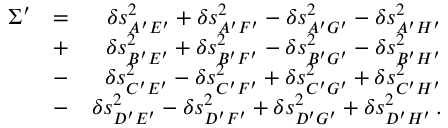
\begin{array} { r l r } { \Sigma ^ { \prime } } & { = } & { \delta s _ { A ^ { \prime } E ^ { \prime } } ^ { 2 } + \delta s _ { A ^ { \prime } F ^ { \prime } } ^ { 2 } - \delta s _ { A ^ { \prime } G ^ { \prime } } ^ { 2 } - \delta s _ { A ^ { \prime } H ^ { \prime } } ^ { 2 } } \\ & { + } & { \delta s _ { B ^ { \prime } E ^ { \prime } } ^ { 2 } + \delta s _ { B ^ { \prime } F ^ { \prime } } ^ { 2 } - \delta s _ { B ^ { \prime } G ^ { \prime } } ^ { 2 } - \delta s _ { B ^ { \prime } H ^ { \prime } } ^ { 2 } } \\ & { - } & { \delta s _ { C ^ { \prime } E ^ { \prime } } ^ { 2 } - \delta s _ { C ^ { \prime } F ^ { \prime } } ^ { 2 } + \delta s _ { C ^ { \prime } G ^ { \prime } } ^ { 2 } + \delta s _ { C ^ { \prime } H ^ { \prime } } ^ { 2 } } \\ & { - } & { \delta s _ { D ^ { \prime } E ^ { \prime } } ^ { 2 } - \delta s _ { D ^ { \prime } F ^ { \prime } } ^ { 2 } + \delta s _ { D ^ { \prime } G ^ { \prime } } ^ { 2 } + \delta s _ { D ^ { \prime } H ^ { \prime } } ^ { 2 } \, . } \end{array}